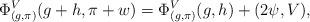
LaTeX: \begin{align*} \Phi^V_{(g,\pi)}(g+h, \pi+w) = \Phi^V_{(g,\pi)}( g,h) + (2\psi, V), \end{align*}